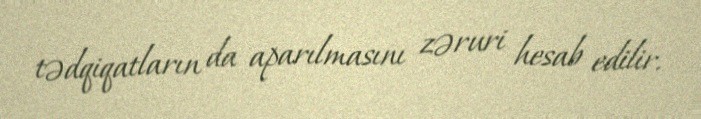
tədqiqatların da aparılmasını zəruri hesab edilir.